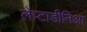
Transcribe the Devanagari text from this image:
लेप्टाडीनिआ